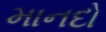
માનદો